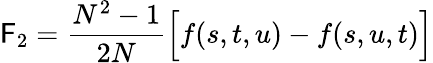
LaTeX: {\cal\mathsf{F}}_{2}=\frac{{N^{2}-1}}{{2N}}\Big[f(s,t,u)-f(s,u,t)\Big]